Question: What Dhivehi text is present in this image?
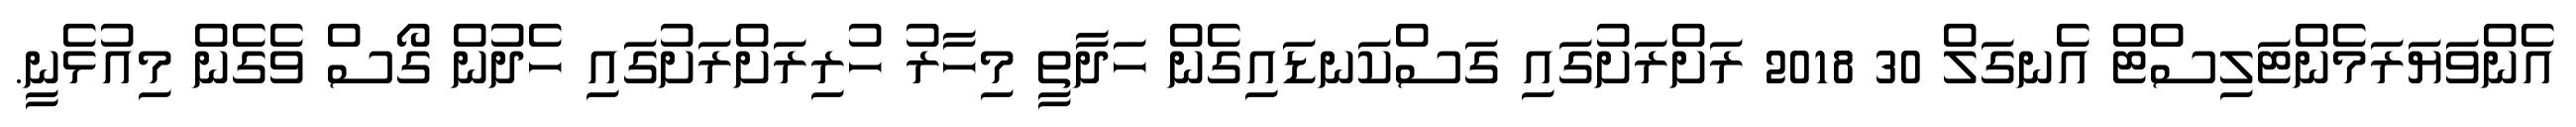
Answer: އެންވަޔަރަމެންޓަލިސްޓް އެނގަލް 30 2018 ރަށްރަށުގައި ގަސްކަނޑައިގެން ހަދާތީ މިހާރު ހުރިރަށްރަށުގައި ހެދުން ގޯސް ވެގެން މިއުޅެނީ.